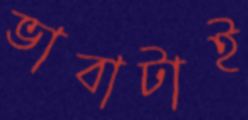
ভাবাটাই